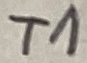
Text: T1